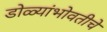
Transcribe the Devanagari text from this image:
डोळ्यांभोवतीचे